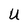
Character: U